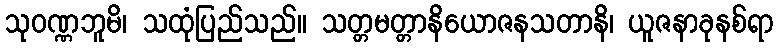
သုဝဏ္ဏဘူမိ၊ သထုံပြည်သည်။ သတ္တမတ္တာနိယောဇနသတာနိ၊ ယူဇနာခုနစ်ရာ